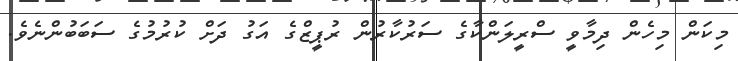
މިކަން މިހެން ދިމާވީ ސްރީލަންކާގެ ސަރުކާރުން ރުޕީޒްގެ އަގު ދަށް ކުރުމުގެ ސަބަބުންނެވެ.